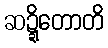
ဆဍ္ဍိတောတိ